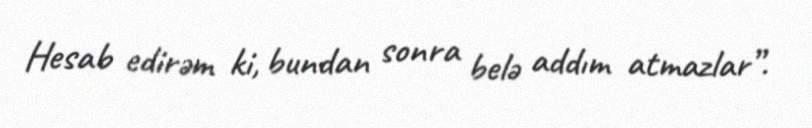
Hesab edirəm ki, bundan sonra belə addım atmazlar”.